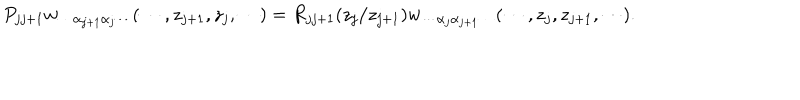
P _ { j j + 1 } w _ { \cdots \alpha _ { j + 1 } \alpha _ { j } \cdots } ( \cdots , z _ { j + 1 } , z _ { j } , \cdots ) = R _ { j j + 1 } ( z _ { j } / z _ { j + 1 } ) w _ { \cdots \alpha _ { j } \alpha _ { j + 1 } \cdots } ( \cdots , z _ { j } , z _ { j + 1 } , \cdots ) .